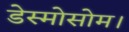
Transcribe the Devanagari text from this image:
डेस्मोसोम।